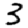
Digit: 3